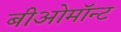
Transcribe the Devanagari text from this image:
बीओमॉन्ट